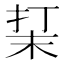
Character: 𰓮